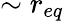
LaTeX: \sim r_{eq}